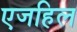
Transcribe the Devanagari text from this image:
एजहिल